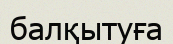
балқытуға